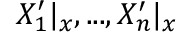
X _ { 1 } ^ { \prime } | _ { x } , . . . , X _ { n } ^ { \prime } | _ { x }